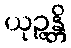
ယုဉ္ဇန္တိ